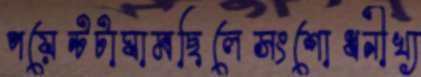
পয়েন্টটাঘামছিলেসংশোধনীখ্য